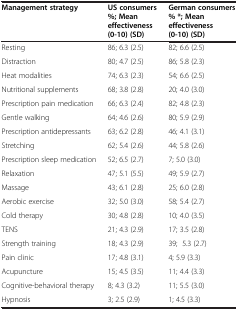
| Management strategy | US consumers%; Mean effectiveness (0-10) (SD) | German consumers% *; Mean effectiveness (0-10) (SD) |
 | --- | --- | --- |
 | Resting | 86; 6.3 (2.5) | 82; 6.6 (2.5) |
 | Distraction | 80; 4.7 (2.5) | 86; 5.8 (2.3) |
 | Heat modalities | 74; 6.3 (2.3) | 54; 6.6 (2.5) |
 | Nutritional supplements | 68; 3.8 (2.8) | 20; 4.0 (3.0) |
 | Prescription pain medication | 66; 6.3 (2.4) | 82; 4.8 (2.3) |
 | Gentle walking | 64; 4.6 (2.6) | 80; 5.9 (2.9) |
 | Prescription antidepressants | 63; 6.2 (2.8) | 46; 4.1 (3.1) |
 | Stretching | 62; 5.4 (2.6) | 44; 5.8 (2.6) |
 | Prescription sleep medication | 52; 6.5 (2.7) | 7; 5.0 (3.0) |
 | Relaxation | 47; 5.1 (5.5) | 49; 5.9 (2.7) |
 | Massage | 43; 6.1 (2.8) | 25; 6.0 (2.8) |
 | Aerobic exercise | 32; 5.0 (3.0) | 58; 5.4 (2.7) |
 | Cold therapy | 30; 4.8 (2.8) | 10; 4.0 (3.5) |
 | TENS | 21; 4.3 (2.9) | 17; 3.5 (2.8) |
 | Strength training | 18; 4.3 (2.9) | 39; 5.3 (2.7) |
 | Pain clinic | 17; 4.8 (3.1) | 4; 5.9 (3.3) |
 | Acupuncture | 15; 4.5 (3.5) | 11; 4.4 (3.3) |
 | Cognitive-behavioral therapy | 8; 4.3 (3.2) | 11; 5.5 (3.0) |
 | Hypnosis | 3; 2.5 (2.9) | 1; 4.5 (3.3) |